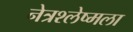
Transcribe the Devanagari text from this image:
नेत्रश्‍लेष्मला